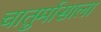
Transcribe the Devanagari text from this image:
चातुर्मासाला